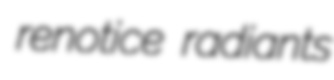
renotice radiants